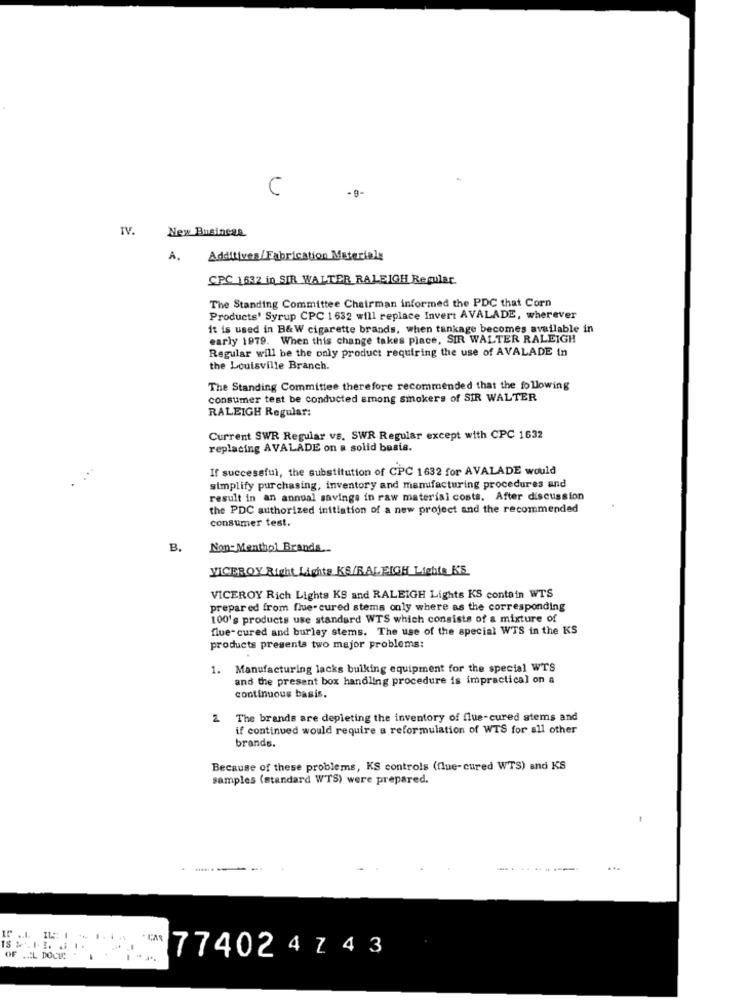
C
-9-
IV. New Business
A.
Additives/ Fabrication Materialy
CPC 1632 in SIR WALTER RALEIGH Regular
The Standing Committee Chairman informed the PDC that Corn
Products' Syrup CPC 1632 will replace Invert AVALADE, wherever
it is used in B&W cigarette brands, when tankage becomes available in
early 1979. When this change takes place, SIR WALTER RALEIGH
Regular will be the only product requiring the use of AVALADE in
the Louisville Branch.
The Standing Committee therefore recommended that the following
consumer test be conducted among smokers of SIR WALTER
RALEIGH Regular:
Current SWR Regular vs. SWR Regular except with CPC 1632
replacing AVALADE on a solid basis.
If successful, the substitution of CPC 1632 for AVALADE would
...
simplify purchasing, inventory and manufacturing procedures and
result in an annual savings in raw material costs. After discussion
the PDC authorized initiation of a new project and the recommended
consumer test.
B.
Non-Menthol Brands ...
VICEROY Right Lights KS/RALEIGH Lights K'S
VICEROY Rich Lights KS and RALEIGH Lights KS contain WTS
prepar ed from flue- cured stems only where as the corresponding
100's products use standard WTS which consists of a mixture of
flue- cured and burley stems. The use of the special WTS in the KS
products presenta two major problems:
1. Manufacturing lacks bulking equipment for the special WTS
and the present box handling procedure is impractical on a
continuous basis.
2
The brands are depleting the inventory of flue-cured stems and
if continued would require a reformulation of WTS for all other
brands.
Because of these problems, KS controls (flue-cured WTS) and KS
samples (standard WTS) were prepared.
-
-----
-------
774024 Z 4 3
OF .AL DOCLC